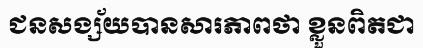
ជនសង្ស័យបានសារភាពថា ខ្លួនពិតជា